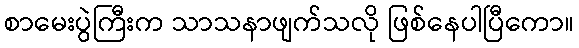
စာမေးပွဲကြီးက သာသနာဖျက်သလို ဖြစ်နေပါပြီကော။